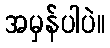
အမှန်ပါပဲ။